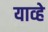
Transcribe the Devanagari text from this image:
याव्‍हे